Report of the Imperial Institute of Veterinary Research, Muktesar
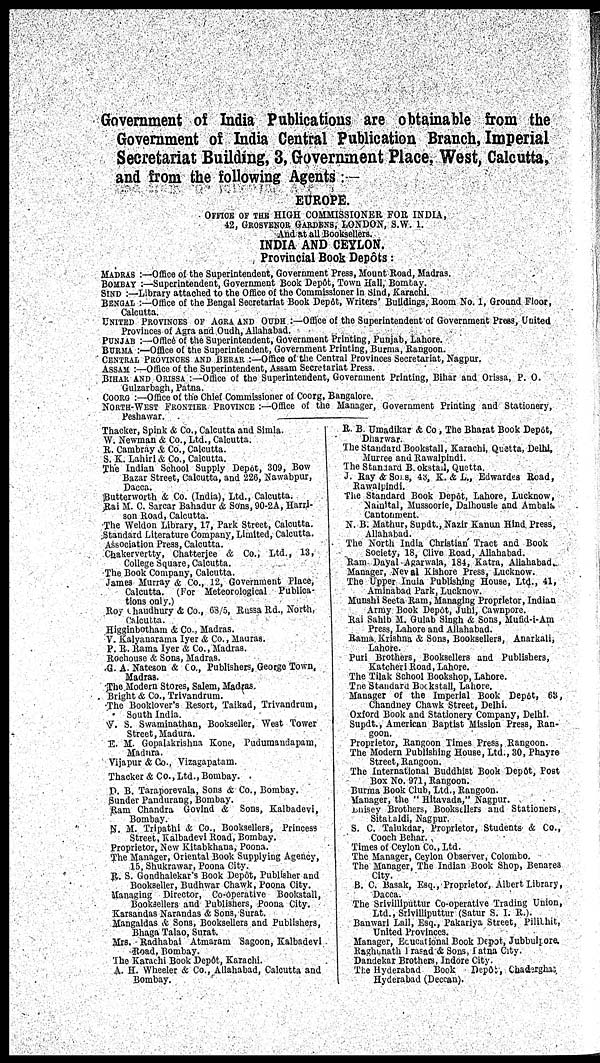
Government of India Publications are obtainable from the
Government of India Central Publication Branch, Imperial
Secretariat Building, 3, Government Place, West, Calcutta,
and from the following Agents :—
EUROPE.
OFFICE OF THE HIGH COMMISSIONER FOR INDIA,
42, GROSVENOR GARDENS, LONDON, S.W.1.
And at all Booksellers.
INDIA AND CEYLON.
Provincial Book Depôts:
MADRAS :—Office of the Superintendent, Government Press, Mount Road, Madras.
BOMBAY :—Superintendent, Government Book Depôt, Town Hall, Bombay.
SIND :—Library attached to the Office of the Commissioner in Sind, Karachi.
BENGAL :—Office of the Bengal Secretariat Book Depôt, Writers' Buildings, Room No. 1, Ground Floor,
Calcutta.
UNITED PROVINCES OF AGRA AND OUDH :—Office of the Superintendent of Government Press, United
Provinces of Agra and Oudh, Allahabad.
PUNJAB :—Office of the Superintendent, Government Printing, Punjab, Lahore.
BURMA :—Office of the Superintendent, Government Printing, Burma, Rangoon.
CENTRAL PROVINCES AND BERAR :—Office of the Central Provinces Secretariat, Nagpur.
ASSAM :—Office of the Superintendent, Assam Secretariat Press.
BIHAR AND ORISSA :—Office of the Superintendent, Government Printing, Bihar and Orissa, P. O.
Gulzarbagh, Patna.
COORG :—Office of the Chief Commissioner of Coorg, Bangalore.
NORTH WEST FRONTIER PROVINCE :— Office of the Manager, Government Printing and Stationery,
Peshawar.
Thacker, Spink & Co., Calcutta and Simla.
W. Newman & Co., Ltd., Calcutta.
R. Cambray & Co., Calcutta.
S. K. Lahiri & Co., Calcutta.
The Indian School Supply Depot, 309, Bow
Bazar Street, Calcutta, and 226, Nawabpur,
Dacca.
Butterworth & Co. (India), Ltd., Calcutta.
Rai M. C. Sarcar Bahadur & Sons, 90-2A, Harri-
son Road, Calcutta.
The Weldon Library, 17, Park Street, Calcutta.
Standard Literature Company, Limited, Calcutta.
Association Press, Calcutta.
Chakervertty, Chatterjee & Co., Ltd., 13,
College Square, Calcutta.
The Book Company, Calcutta.
James Murray & Co., 12, Government Place,
Calcutta. (For Meteorological Publica-
tions only.)
Roy Chaudhury & Co., 63/5, Russa Rd., North,
Calcutta.
Higginbotham & Co., Madras.
V. Kalyanarama Iyer & Co., Madras.
P. R. Rama Iyer & Co., Madras.
Rochouse & Sons, Madras.
G. A. Nateson & Co., Publishers, George Town,
Madras.
The Modern Stores, Salem, Madras.
Bright & Co., Trivandrum.
The Booklover's Resort, Taikad, Trivandrum,
South India.
V. S. Swaminathan, Bookseller, West Tower
Street, Madura.
E. M. Gopalakrishna Kone, Pudumandapam,
Madura.
Vijapur & Co., Vizagapatam.
Thacker & Co., Ltd., Bombay.
D. B. Taraporevala, Sons & Co., Bombay.
Sunder Pandurang, Bombay.
Ram Chandra Govlnd & Sons, Kalbadevi,
Bombay.
N. M. Tripathi & Co., Booksellers, Princess
Street, Kalbadevi Road, Bombay.
Proprietor, New Kitabkhana, Poona.
The Manager, Oriental Book Supplying Agency,
15, Shukrawar, Poona City.
R. S. Gondhalekar's Book Depôt, Publisher and
Bookseller, Budhwar Chawk, Poona City.
Managing Director, Co-operative Bookstall,
Booksellers and Publishers, Poona City.
Karsandas Narandas & Sons, Surat.
Mangaldas & Sons, Booksellers and Publishers,
Bhaga Talao, Surat.
Mrs. Radhabal Atmaram Sagoon, Kalbadevi
Road, Bombay.
The Karachi Book Depôt, Karachi.
A. H. Wheeler & Co., Allahabad, Calcutta and
Bombay.
R. B. Umadikar & Co, The Bharat Book Depôt,
Dharwar.
The Standard Bookstall, Karachi, Quetta, Delhi,
Murree and Rawalpindi.
The Standard B. okstail, Quetta.
J. Ray & Sons, 43, K. & L., Edwardes Road,
Rawalpindi.
The Standard Book Depôt, Lahore, Lucknow,
Nainital, Mussoorie, Dalhousie and Ambala
Cantonment.
N. B. Mathur, Supdt., Nazir Kanun Hind Press,
Allahabad.
The North India Christian Tract and Book
Society, 18, Clive Road, Allahabad.
Ram Dayal Agarwala, 184, Katra, Allahabad.
Manager, Neval Kishore Press, Lucknow.
The Upper India Publishing House, Ltd., 41,
Aminabad Park, Lucknow.
Munshi Seeta Ram, Managing Proprietor, Indian
Army Book Depot, Juhi, Cawnpore.
Rai Sahib M. Gulab Singh & Sons, Mufid-i-Am
Press, Lahore and Allahabad.
Rama. Krishna & Sons, Booksellers, Anarkali,
Lahore.
Puri Brothers, Booksellers and Publishers,
Katcheri Road, Lahore.
The Tilak School Bookshop, Lahore.
The Standard Bockstall, Lahore.
Manager of the Imperial Book Depôt, 63,
Chandney Chawk Street, Delhi.
Oxford Book and Stationery Company, Delhi.
Supdt., American Baptist Mission Press, Ran-
goon.
Proprietor, Rangoon Times Press, Rangoon.
The Modern Publishing House, Ltd., 30, Phayre
Street, Rangoon.
The International Buddhist Book Depôt, Post
Box No. 971, Rangoon.
Burma Book Club, Ltd., Rangoon.
Manager, the " Hitavada," Nagpur.
Bhisey Brothers, Booksellers and Stationers,
Sitabaldi, Nagpur.
S. C. Talukdar, Proprietor, Students & Co.,
Cooch Behar.
Times of Ceylon Co., Ltd.
The Manager, Ceylon Observer, Colombo.
The Manager, The Indian Book Shop, Benares
City.
B. C. Basak, Esq., Proprietor, Albert Library,
Dacca.
The Srivilliputtur Co-operative Trading Union,
Ltd.,Srivilliputtur (Satur S. I. R.).
Banwari Lall, Esq., Pakariya Street, Pilibhit,
United Provinces.
Manager, Educational Book Depot, Jubbulpore.
Raghunath Prasad & Sons, Patna City.
Dandekar Brothers, Indore City.
The Hyderabad Book Depôt, Chadrghat,
Hyderabad (Deccan).